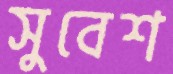
সুবেশ